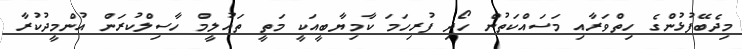
މިދެބޭފުޅުންގެ ހިތްވަރާއި މަސައްކަތުން ހޯދި ފުރިހަމަ ކާމިޔާބީއަކީ މަތީ ތަައުލީމް ހާސިލްކުރަން އުންމީދުކުރާ